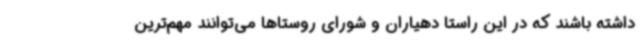
داشته باشند که در این راستا دهیاران و شورای روستاها می‌توانند مهم‌ترین